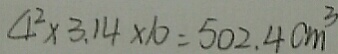
4 ^ { 2 } \times 3 . 1 4 \times 1 0 = 5 0 2 . 4 c m ^ { 3 }